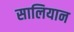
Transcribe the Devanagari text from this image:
सालियान